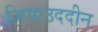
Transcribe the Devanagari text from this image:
ज़ियाउददीन